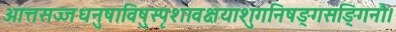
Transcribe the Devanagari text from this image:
आत्तसज्जधनुषाविषुस्पृशावक्षयाशुगनिषङ्गसङ्गिनौ।